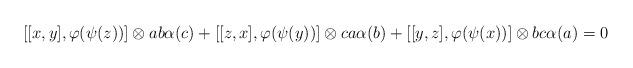
LaTeX: \begin{align*} [[x,y],\varphi(\psi(z))] \otimes ab\alpha(c) + [[z,x],\varphi(\psi(y))] \otimes ca\alpha(b)+ [[y,z],\varphi(\psi(x))] \otimes bc\alpha(a) = 0 \end{align*}